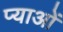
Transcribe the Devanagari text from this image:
प्याओं